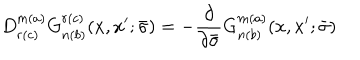
LaTeX: D _ { r ( c ) } ^ { m ( a ) } G _ { n ( b ) } ^ { r ( c ) } ( x , x ^ { \prime } ; \bar { \sigma } ) = - \frac { \partial } { \partial \bar { \sigma } } G _ { n ( b ) } ^ { m ( a ) } ( x , x ^ { \prime } ; \bar { \sigma } )